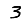
Digit: 3